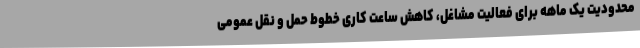
محدودیت یک ماهه برای فعالیت مشاغل، کاهش ساعت کاری خطوط حمل و نقل عمومی